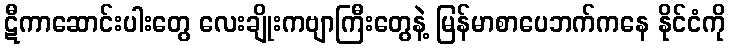
ဋီကာဆောင်းပါးတွေ လေးချိုးကဗျာကြီးတွေနဲ့ မြန်မာစာပေဘက်ကနေ နိုင်ငံကို